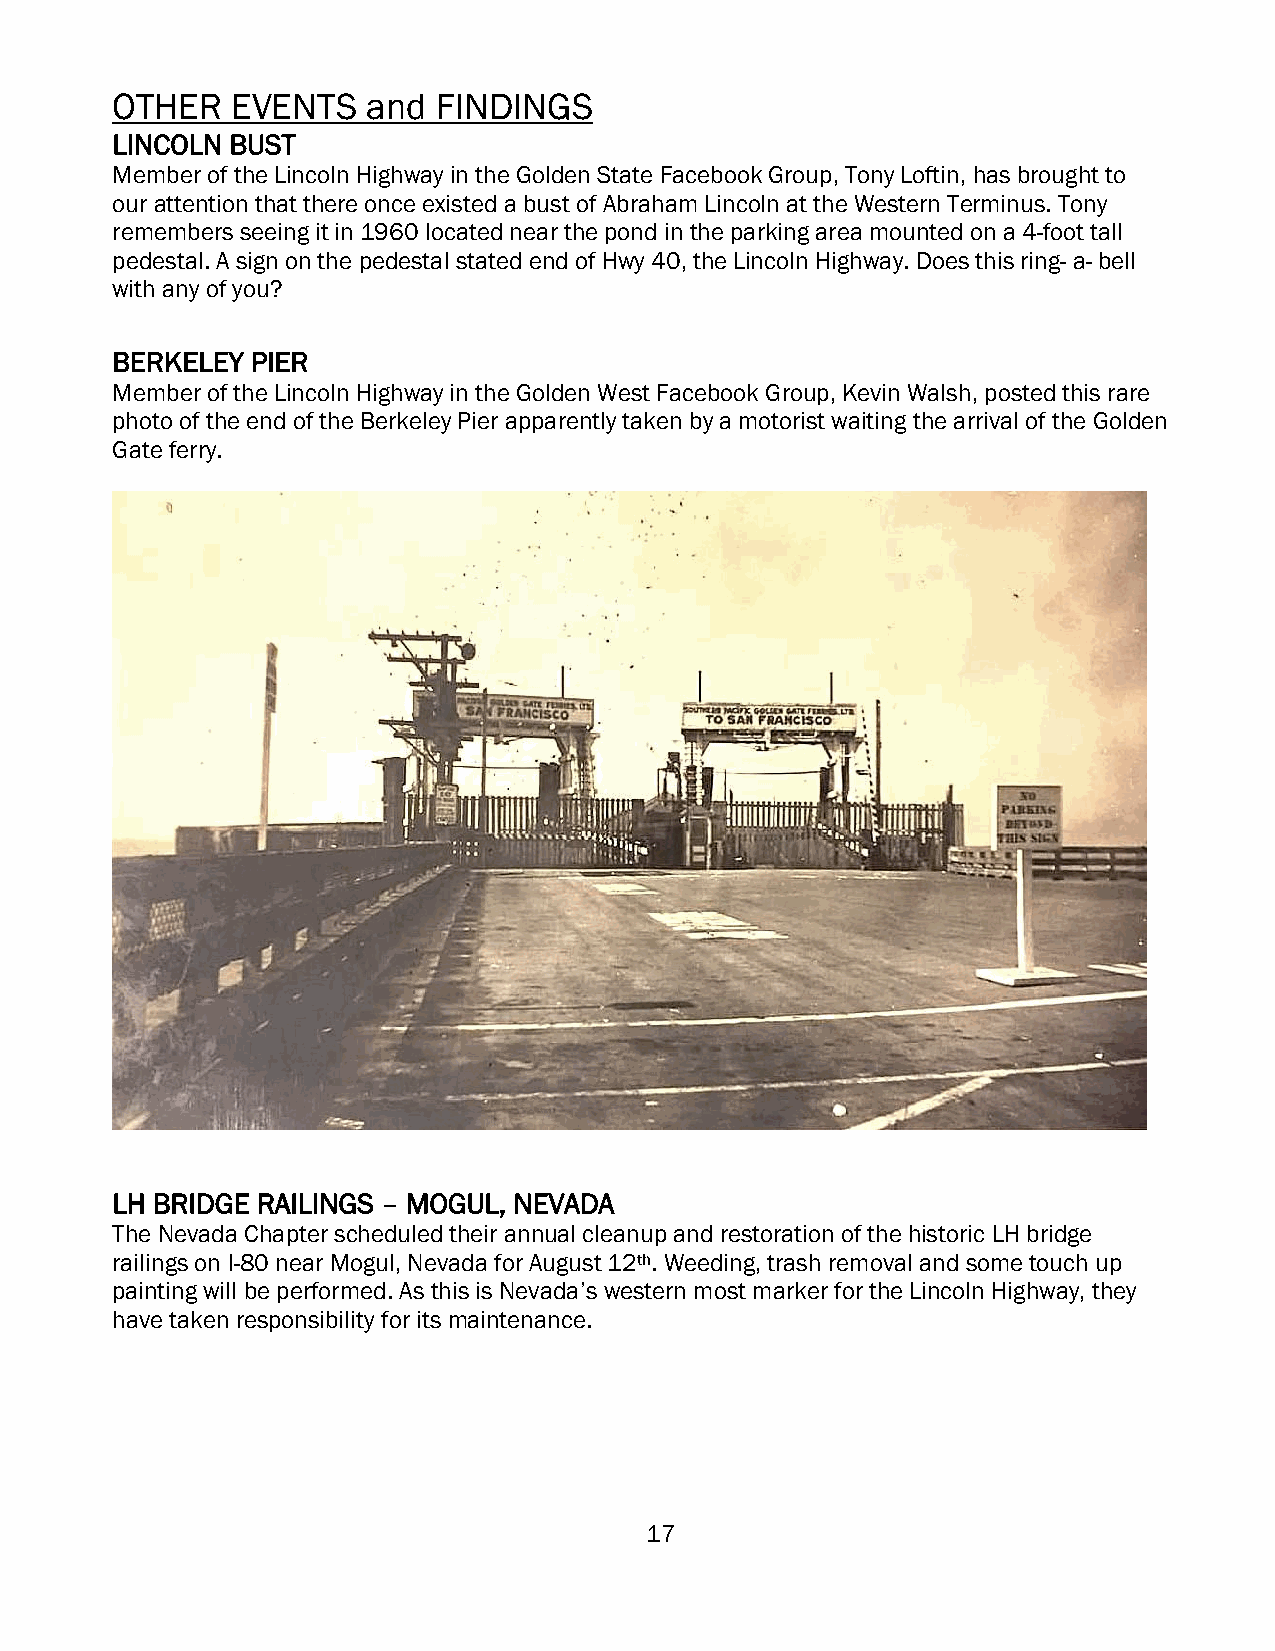
OTHER   EVENTS   and  FINDINGS
 LINCOLN BUST
 Member of the Lincoln Highway in the Golden State Facebook Group, Tony Loftin, has brought to
 our attention that there once existed a bust of Abraham Lincoln at the Western Terminus. Tony
 remembers seeing it in 1960 located near the pond in the parking area mounted on a 4-foot tall
 pedestal. A sign on the pedestal stated end of Hwy 40, the Lincoln Highway. Does this ring- a- bell
 with any of you?
 BERKELEY  PIER
 Member of the Lincoln Highway in the Golden West Facebook Group, Kevin Walsh, posted this rare
 photo of the end of the Berkeley Pier apparently taken by a motorist waiting the arrival of the Golden
 Gate ferry.
 LH BRIDGE RAILINGS – MOGUL, NEVADA
 The Nevada Chapter scheduled their annual cleanup and restoration of the historic LH bridge
 railings on I-80 near Mogul, Nevada for August 12th. Weeding, trash removal and some touch up
 painting will be performed. As this is Nevada’s western most marker for the Lincoln Highway, they
 have taken responsibility for its maintenance.
 17